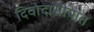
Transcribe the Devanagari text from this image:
दिवोदासीयांत